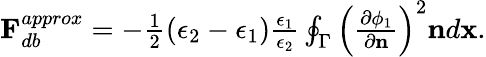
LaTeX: \begin{array}{r}{\mathbf{F}_{db}^{approx}=-\frac{1}{2}(\epsilon_{2}-\epsilon_{1})\frac{\epsilon_{1}}{\epsilon_{2}}\oint_{\Gamma}\left(\frac{\partial\phi_{1}}{\partial\mathbf{n}}\right)^{2}\mathbf{n}d\mathbf{x}.}\end{array}